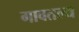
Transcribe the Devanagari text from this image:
गावतल्य